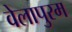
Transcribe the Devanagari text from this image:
वेलापुरम